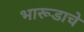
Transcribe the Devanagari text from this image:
भारूडाचे